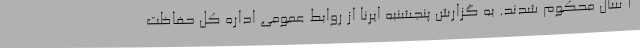
۲ سال محکوم شدند. به گزارش پنجشنبه ایرنا از روابط عمومی اداره کل حفاظت